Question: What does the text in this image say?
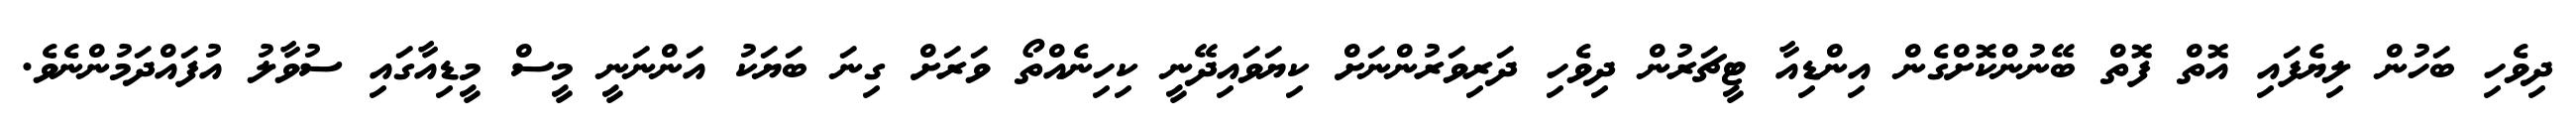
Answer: ދިވެހި ބަހުން ލިޔެފައި އޮތް ފޮތް ބޭނުންކޮށްގެން އިންޑިއާ ޓީޗަރުން ދިވެހި ދަރިވަރުންނަށް ކިޔަވައިދޭނީ ކިހިނެއްތޯ ވަރަށް ގިނަ ބަޔަކު އަންނަނީ މީސް މީޑިއާގައި ސުވާލު އުފައްދަމުންނެވެ.